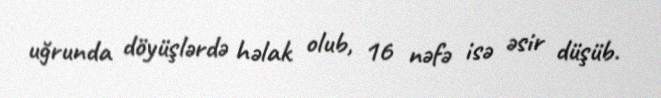
uğrunda döyüşlərdə həlak olub, 16 nəfə isə əsir düşüb.